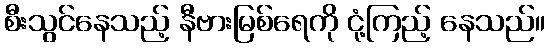
စီးသွင်နေသည့် နီဗားမြစ်ရေကို ငုံ့ကြည့် နေသည်။